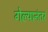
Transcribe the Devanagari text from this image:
गेल्‍यानंतर